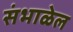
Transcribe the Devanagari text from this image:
संभाळेल